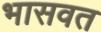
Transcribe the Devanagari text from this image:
भासवत